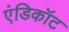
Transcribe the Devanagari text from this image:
एंडिकॉट